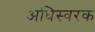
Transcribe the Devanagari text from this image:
अधिस्वरक